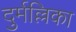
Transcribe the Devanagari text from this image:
दुर्मल्लिका